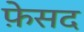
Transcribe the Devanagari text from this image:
फ़ेसद